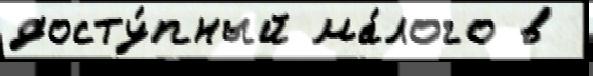
досту́пный ма́лого в